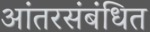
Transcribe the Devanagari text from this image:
आंतरसंबंधित